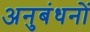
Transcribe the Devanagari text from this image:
अनुबंधनों